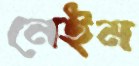
নেইম